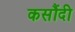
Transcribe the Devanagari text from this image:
कसौंदी